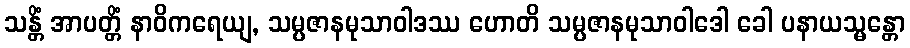
သန္တိံ အာပတ္တိံ နာဝိကရေယျ, သမ္ပဇာနမုသာဝါဒဿ ဟောတိ သမ္ပဇာနမုသာဝါဒေါ ခေါ ပနာယသ္မန္တော